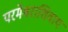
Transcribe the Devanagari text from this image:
परमेश्वराशिवाय